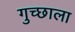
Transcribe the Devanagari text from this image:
गुच्छाला